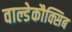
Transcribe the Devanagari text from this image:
वाल्डेकौक्सिब